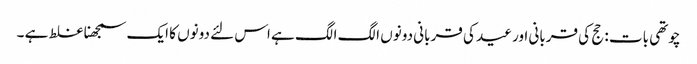
چوتھی بات : حج کی قربانی اور عید کی قربانی دونوں الگ الگ ہے اس لئے دونوں کا ایک سمجھنا غلط ہے ۔